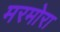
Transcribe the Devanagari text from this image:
मरमोरा